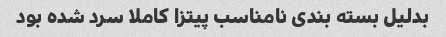
بدلیل بسته بندی نامناسب پیتزا کاملا سرد شده بود